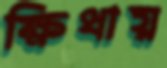
ক্ষিধায়